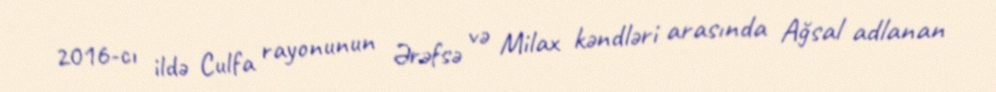
2016-cı ildə Culfa rayonunun Ərəfsə və Milax kəndləri arasında Ağsal adlanan